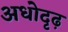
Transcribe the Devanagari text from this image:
अधोदृढ़